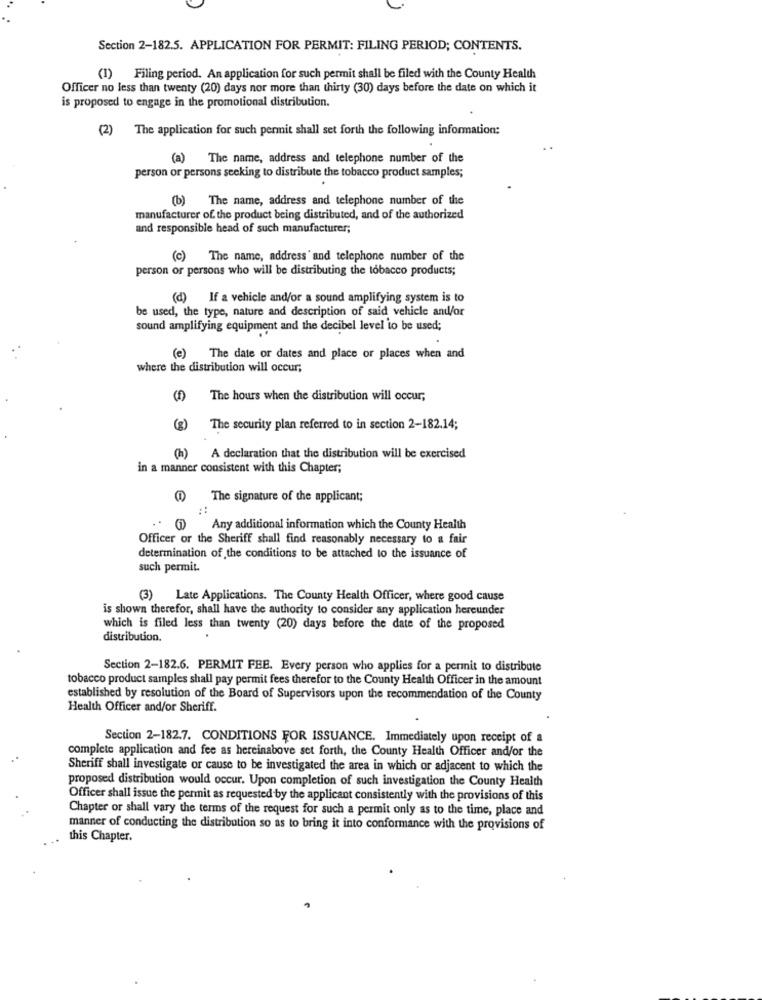
Section 2-182.5. APPLICATION FOR PERMIT: FILING PERIOD; CONTENTS.
(1) Filing period. An application for such permit shall be filed with the County Health
Officer no less than twenty (20) days nor more than thirty (30) days before the date on which it
is proposed to engage in the promotional distribution.
(2) The application for such permit shall set forth the following information:
(a) The name, address and telephone number of the
person or persons seeking to distribute the tobacco product samples;
(b) The name, address and telephone number of the
manufacturer of. the product being distributed, and of the authorized
and responsible head of such manufacturer;
(c) The name, address' and telephone number of the
person or persons who will be distributing the tobacco products;
(d) If a vehicle and/or a sound amplifying system is to
be used, the type, nature and description of said vehicle and/or
sound amplifying equipment and the decibel level to be used;
(e) The date or dates and place or places when and
where the distribution will occur;
The hours when the distribution will occur,
(8)
The security plan referred to in section 2-182.14;
(h) A declaration that the distribution will be exercised
in a manner consistent with this Chapter;
(1) The signature of the applicant;
::
Any additional information which the County Health
Officer or the Sheriff shall find reasonably necessary to a fair
determination of the conditions to be attached to the issuance of
such permit.
(3) Late Applications. The County Health Officer, where good cause
is shown therefor, shall have the authority to consider any application hereunder
which is filed less than twenty (20) days before the date of the proposed
distribution.
Section 2-182.6. PERMIT FEE. Every person who applies for a permit to distribute
tobacco product samples shall pay permit fees therefor to the County Health Officer in the amount
established by resolution of the Board of Supervisors upon the recommendation of the County
Health Officer and/or Sheriff.
Section 2-182.7. CONDITIONS FOR ISSUANCE. Immediately upon receipt of a
complete application and fee as hereinabove set forth, the County Health Officer and/or the
Sheriff shall investigate or cause to be investigated the area in which or adjacent to which the
proposed distribution would occur. Upon completion of such investigation the County Health
Officer shall issue the permit as requested by the applicant consistently with the provisions of this
Chapter or shall vary the terms of the request for such a permit only as to the time, place and
manner of conducting the distribution so as to bring it into conformance with the provisions of
this Chapter.